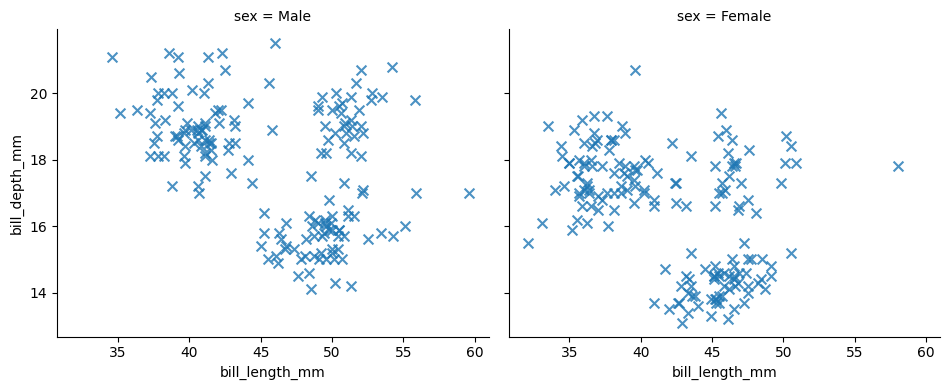
python, seaborn, lmplot, aspect=1.2, order=1, markers='x'